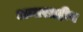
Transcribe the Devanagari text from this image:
अन्तरग्रहीय